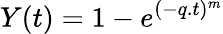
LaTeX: Y(t)=1-e^{(-q.t)^{m}}